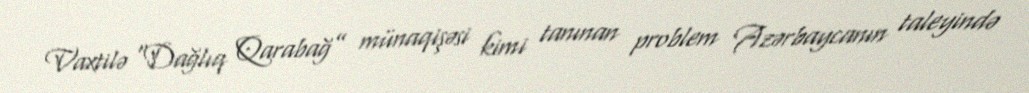
Vaxtilə “Dağlıq Qarabağ” münaqişəsi kimi tanınan problem Azərbaycanın taleyində